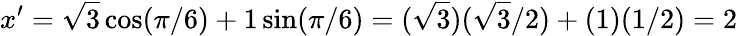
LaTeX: x^{\prime}={\sqrt{3}}\cos(\pi/6)+1\sin(\pi/6)=({\sqrt{3}})({\sqrt{3}}/2)+(1)(1/2)=2